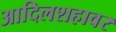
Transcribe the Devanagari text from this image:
आदिलशहावर